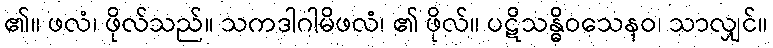
၏။ ဖလံ၊ ဖိုလ်သည်။ သကဒါဂါမိဖလံ၊ ၏ ဖိုလ်။ ပဋိသန္ဓိဝသေနဝ၊ သာလျှင်။